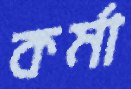
কর্মা